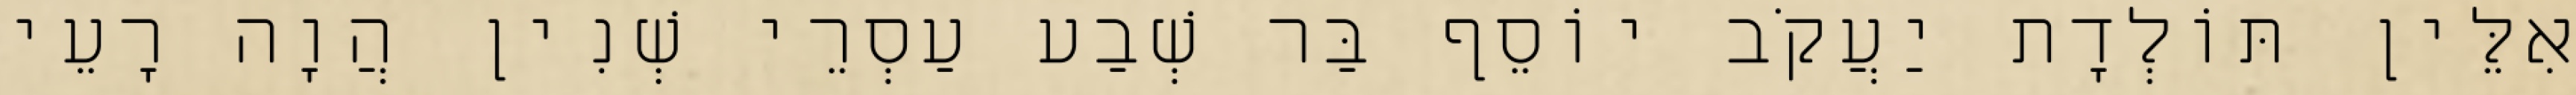
אִלֵּין תּוֹלְדָת יַעֲקֹב יוֹסֵף בַּר שְׁבַע עַסְרֵי שְׁנִין הֲוָה רָעֵי